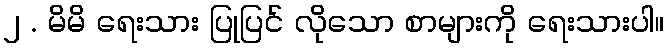
၂ . မိမိ ရေးသား ပြုပြင် လိုသော စာများကို ရေးသားပါ။